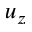
u _ { z }